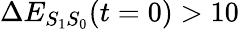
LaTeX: \Delta E_{S_{1}S_{0}}(t=0)>10